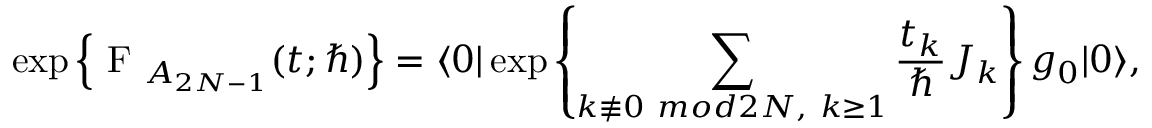
\exp \left\{ \mathrm { ~ \cal { F } ~ } _ { A _ { 2 N - 1 } } ( t ; \hbar ) \right\} = \langle 0 | \exp \left\{ \sum _ { k \not \equiv 0 ~ m o d 2 N , ~ k \geq 1 } \frac { t _ { k } } { \hbar } J _ { k } \right\} g _ { 0 } | 0 \rangle ,